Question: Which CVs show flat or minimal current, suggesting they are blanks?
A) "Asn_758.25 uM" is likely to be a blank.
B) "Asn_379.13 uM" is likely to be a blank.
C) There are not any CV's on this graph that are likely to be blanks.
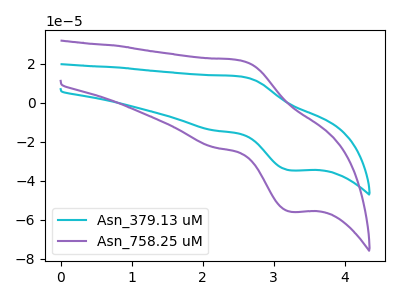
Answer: <think>The cyan curve "Asn_379.13 uM" has an anodic peak at (2.50V, 13.50uA) and a cathodic peak at (3.25V, -34.65uA). The purple curve "Asn_758.25 uM" has an anodic peak at (2.50V, 21.75uA) and a cathodic peak at (3.25V, -55.80uA).</think>
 <answer>C) There are not any CV's on this graph that are likely to be blanks.</answer>
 <eval>C</eval>